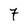
Character: 7